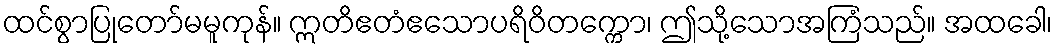
ထင်စွာပြုတော်မမူကုန်။ ဣတိဧတံဧသောပရိဝိတက္ကော၊ ဤသို့သောအကြံသည်။ အထခေါ၊